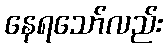
နေရသော်လည်း